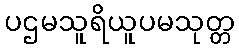
ပဌမသူရိယူပမသုတ္တ